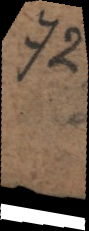
72